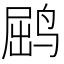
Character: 𫛵